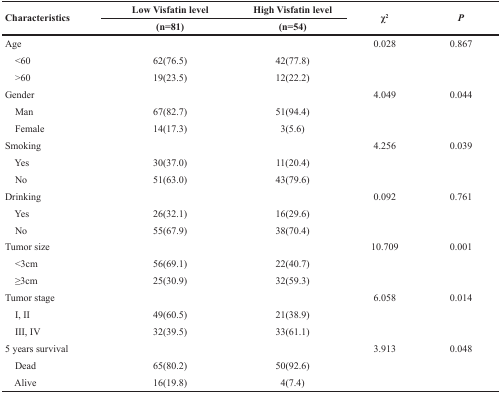
| <ROWSPAN=2> Characteristics | Low Visfatin level | High Visfatin level | <ROWSPAN=2> χ2 | <ROWSPAN=2> P |
 | (n=81) | (n=54) |
 | --- | --- | --- | --- | --- |
 | Age |  |  | 0.028 | 0.867 |
 | <60 | 62(76.5) | 42(77.8) |  |  |
 | >60 | 19(23.5) | 12(22.2) |  |  |
 | Gender |  |  | 4.049 | 0.044 |
 | Man | 67(82.7) | 51(94.4) |  |  |
 | Female | 14(17.3) | 3(5.6) |  |  |
 | Smoking |  |  | 4.256 | 0.039 |
 | Yes | 30(37.0) | 11(20.4) |  |  |
 | No | 51(63.0) | 43(79.6) |  |  |
 | Drinking |  |  | 0.092 | 0.761 |
 | Yes | 26(32.1) | 16(29.6) |  |  |
 | No | 55(67.9) | 38(70.4) |  |  |
 | Tumor size |  |  | 10.709 | 0.001 |
 | <3cm | 56(69.1) | 22(40.7) |  |  |
 | ≥3cm | 25(30.9) | 32(59.3) |  |  |
 | Tumor stage |  |  | 6.058 | 0.014 |
 | I, II | 49(60.5) | 21(38.9) |  |  |
 | III, IV | 32(39.5) | 33(61.1) |  |  |
 | 5 years survival |  |  | 3.913 | 0.048 |
 | Dead | 65(80.2) | 50(92.6) |  |  |
 | Alive | 16(19.8) | 4(7.4) |  |  |